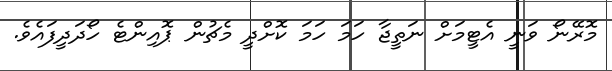
މޮރޭނޯ ވަނީ އެޓީމަށް ނަތީޖާ ހަމަ ހަމަ ކޮށްދީ މެޗުން ޕޮއިންޓެ ހޯދަދީފައެވެ.